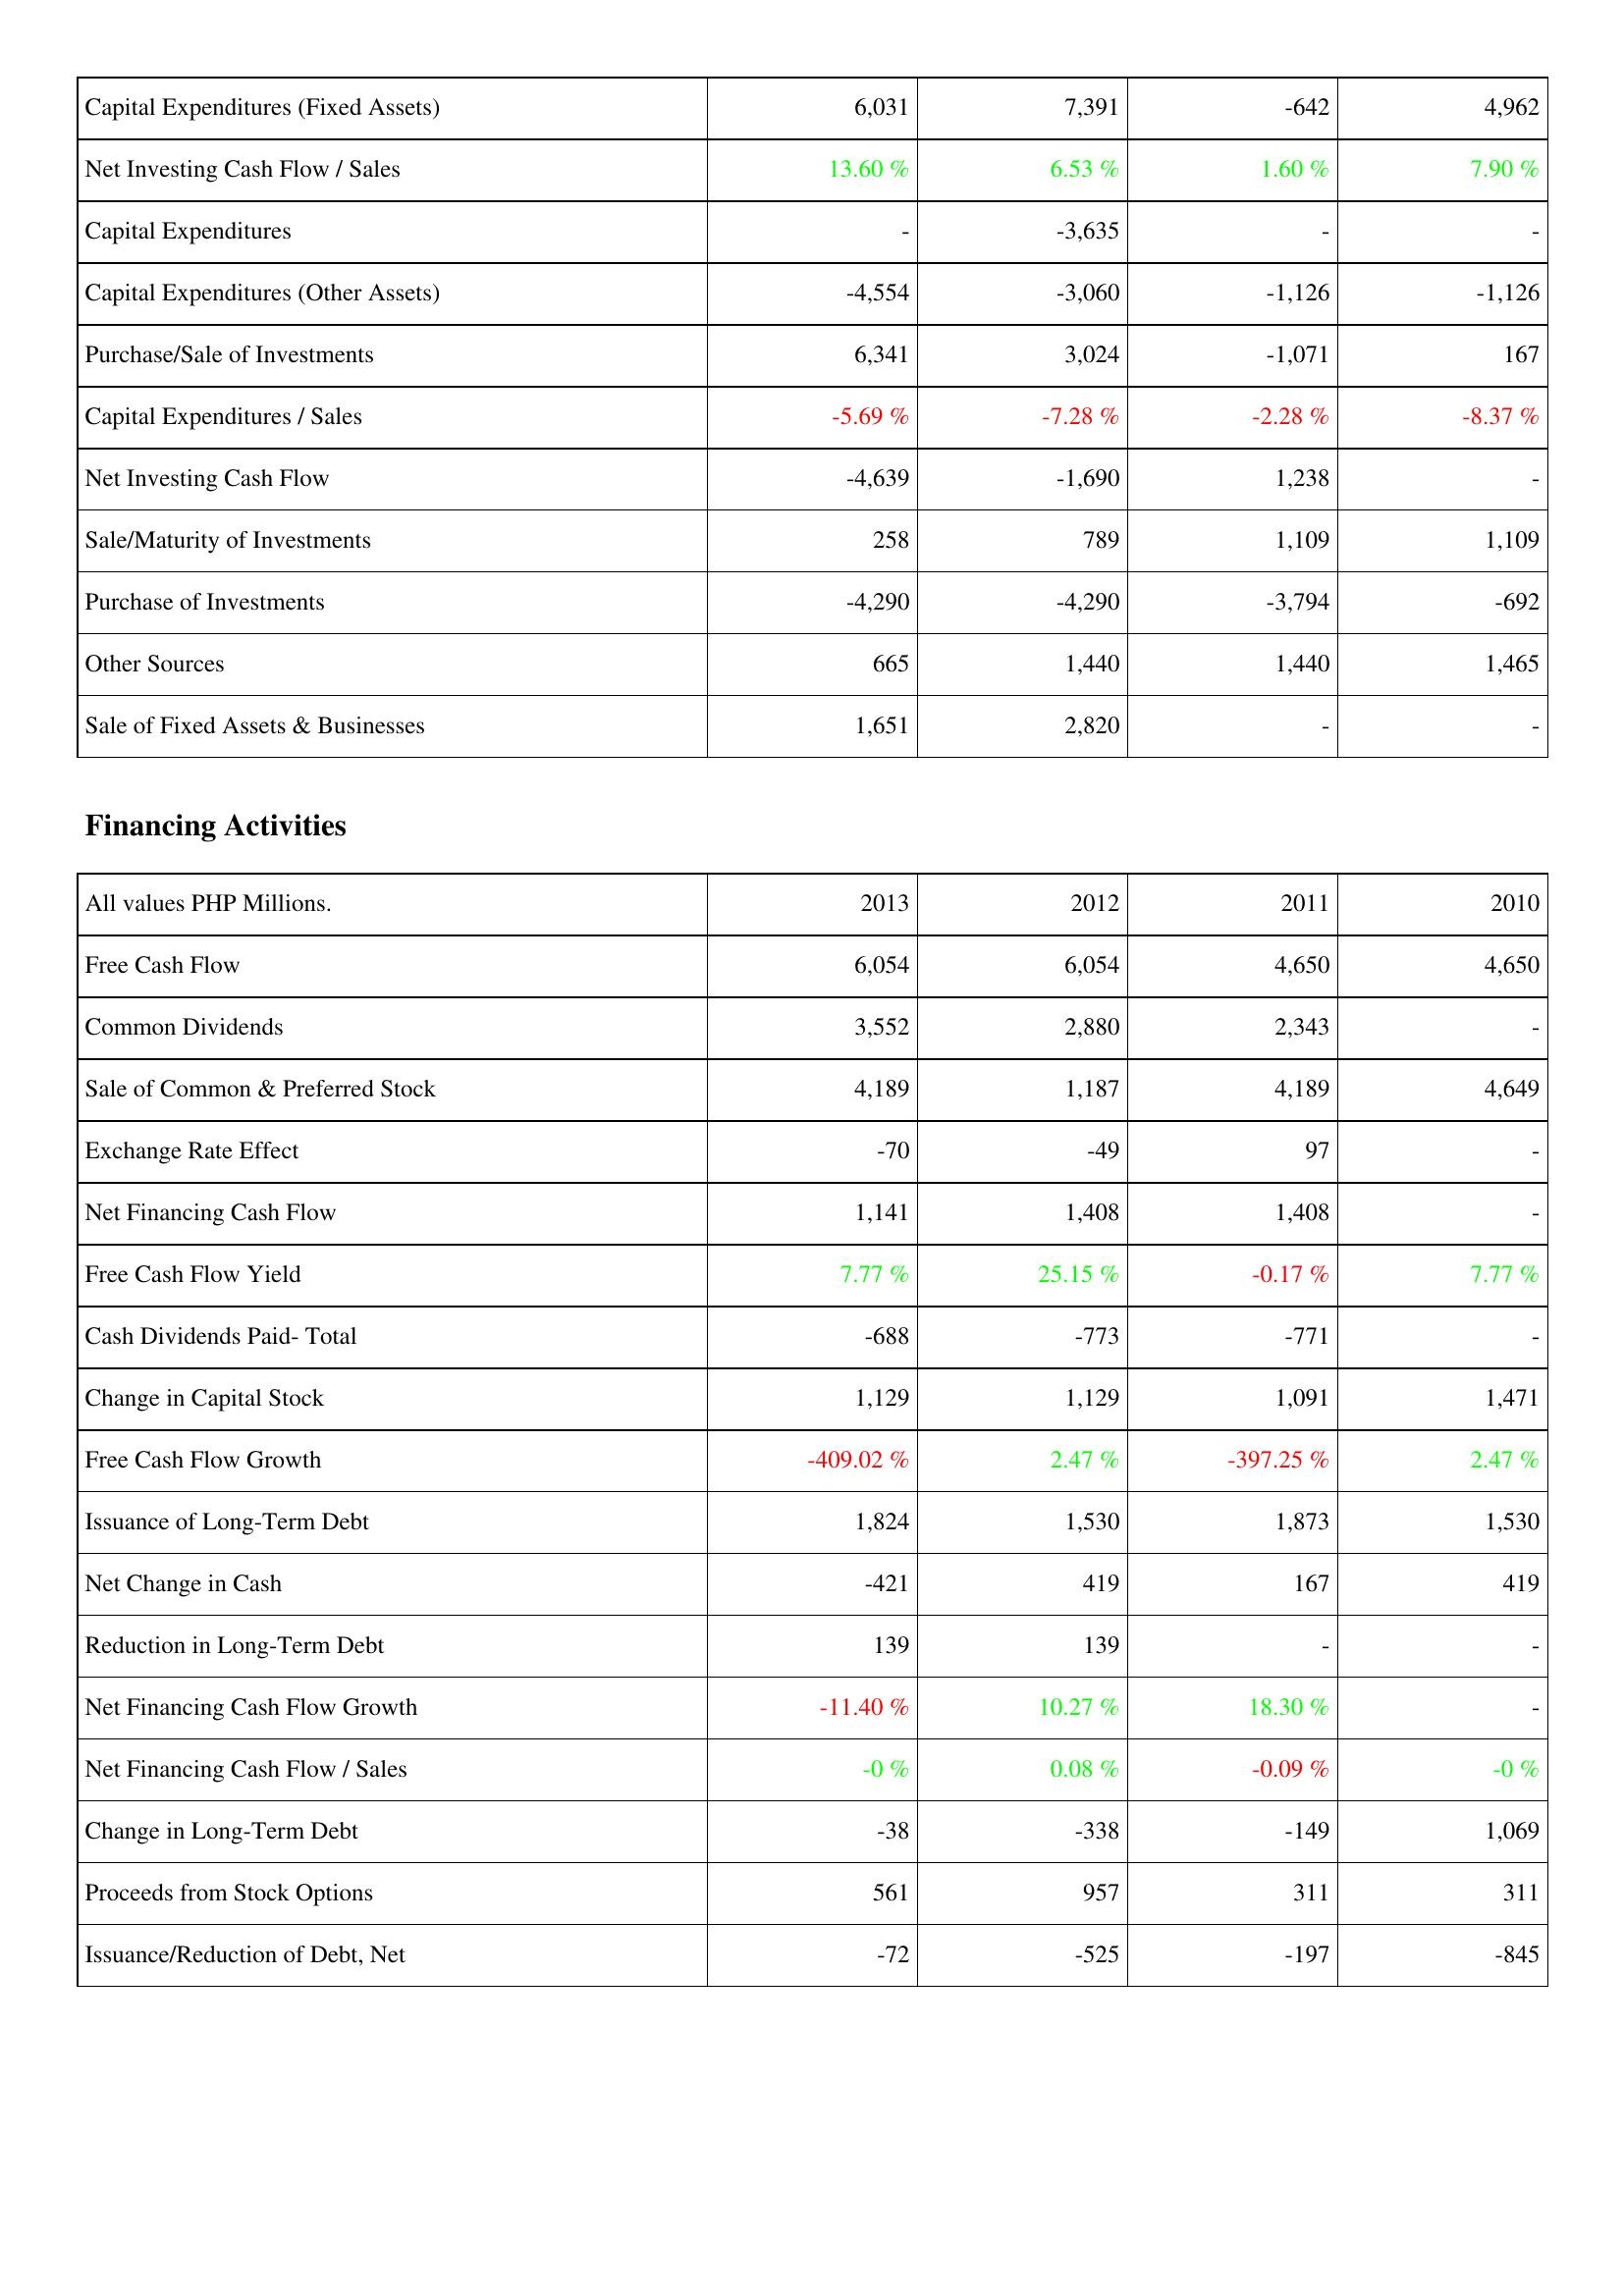
2013: Investing Activities: Capital Expenditures (Fixed Assets): 6,031
Net Investing Cash Flow / Sales: 13.60 %
Capital Expenditures: -
Capital Expenditures (Other Assets): -4,554
Purchase/Sale of Investments: 6,341
Capital Expenditures / Sales: -5.69 %
Net Investing Cash Flow: -4,639
Sale/Maturity of Investments: 258
Purchase of Investments: -4,290
Other Sources: 665
Sale of Fixed Assets & Businesses: 1,651
Financing Activities: Free Cash Flow: 6,054
Common Dividends: 3,552
Sale of Common & Preferred Stock: 4,189
Exchange Rate Effect: -70
Net Financing Cash Flow: 1,141
Free Cash Flow Yield: 7.77 %
Cash Dividends Paid- Total: -688
Change in Capital Stock: 1,129
Free Cash Flow Growth: -409.02 %
Issuance of Long-Term Debt: 1,824
Net Change in Cash: -421
Reduction in Long-Term Debt: 139
Net Financing Cash Flow Growth: -11.40 %
Net Financing Cash Flow / Sales: -0 %
Change in Long-Term Debt: -38
Proceeds from Stock Options: 561
Issuance/Reduction of Debt, Net: -72
2012: Investing Activities: Capital Expenditures (Fixed Assets): 7,391
Net Investing Cash Flow / Sales: 6.53 %
Capital Expenditures: -3,635
Capital Expenditures (Other Assets): -3,060
Purchase/Sale of Investments: 3,024
Capital Expenditures / Sales: -7.28 %
Net Investing Cash Flow: -1,690
Sale/Maturity of Investments: 789
Purchase of Investments: -4,290
Other Sources: 1,440
Sale of Fixed Assets & Businesses: 2,820
Financing Activities: Free Cash Flow: 6,054
Common Dividends: 2,880
Sale of Common & Preferred Stock: 1,187
Exchange Rate Effect: -49
Net Financing Cash Flow: 1,408
Free Cash Flow Yield: 25.15 %
Cash Dividends Paid- Total: -773
Change in Capital Stock: 1,129
Free Cash Flow Growth: 2.47 %
Issuance of Long-Term Debt: 1,530
Net Change in Cash: 419
Reduction in Long-Term Debt: 139
Net Financing Cash Flow Growth: 10.27 %
Net Financing Cash Flow / Sales: 0.08 %
Change in Long-Term Debt: -338
Proceeds from Stock Options: 957
Issuance/Reduction of Debt, Net: -525
2011: Investing Activities: Capital Expenditures (Fixed Assets): -642
Net Investing Cash Flow / Sales: 1.60 %
Capital Expenditures: -
Capital Expenditures (Other Assets): -1,126
Purchase/Sale of Investments: -1,071
Capital Expenditures / Sales: -2.28 %
Net Investing Cash Flow: 1,238
Sale/Maturity of Investments: 1,109
Purchase of Investments: -3,794
Other Sources: 1,440
Sale of Fixed Assets & Businesses: -
Financing Activities: Free Cash Flow: 4,650
Common Dividends: 2,343
Sale of Common & Preferred Stock: 4,189
Exchange Rate Effect: 97
Net Financing Cash Flow: 1,408
Free Cash Flow Yield: -0.17 %
Cash Dividends Paid- Total: -771
Change in Capital Stock: 1,091
Free Cash Flow Growth: -397.25 %
Issuance of Long-Term Debt: 1,873
Net Change in Cash: 167
Reduction in Long-Term Debt: -
Net Financing Cash Flow Growth: 18.30 %
Net Financing Cash Flow / Sales: -0.09 %
Change in Long-Term Debt: -149
Proceeds from Stock Options: 311
Issuance/Reduction of Debt, Net: -197
2010: Investing Activities: Capital Expenditures (Fixed Assets): 4,962
Net Investing Cash Flow / Sales: 7.90 %
Capital Expenditures: -
Capital Expenditures (Other Assets): -1,126
Purchase/Sale of Investments: 167
Capital Expenditures / Sales: -8.37 %
Net Investing Cash Flow: -
Sale/Maturity of Investments: 1,109
Purchase of Investments: -692
Other Sources: 1,465
Sale of Fixed Assets & Businesses: -
Financing Activities: Free Cash Flow: 4,650
Common Dividends: -
Sale of Common & Preferred Stock: 4,649
Exchange Rate Effect: -
Net Financing Cash Flow: -
Free Cash Flow Yield: 7.77 %
Cash Dividends Paid- Total: -
Change in Capital Stock: 1,471
Free Cash Flow Growth: 2.47 %
Issuance of Long-Term Debt: 1,530
Net Change in Cash: 419
Reduction in Long-Term Debt: -
Net Financing Cash Flow Growth: -
Net Financing Cash Flow / Sales: -0 %
Change in Long-Term Debt: 1,069
Proceeds from Stock Options: 311
Issuance/Reduction of Debt, Net: -845